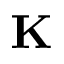
\mathbf { K }